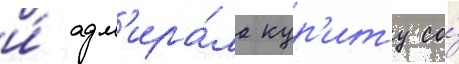
и́ адм'ира́ла кур'иту со́